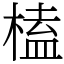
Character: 榼